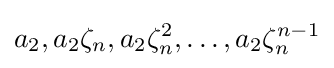
a_{2},a_{2}\zeta _{n},a_{2}\zeta _{n}^{2},\dots ,a_{2}\zeta _{n}^{n-1}